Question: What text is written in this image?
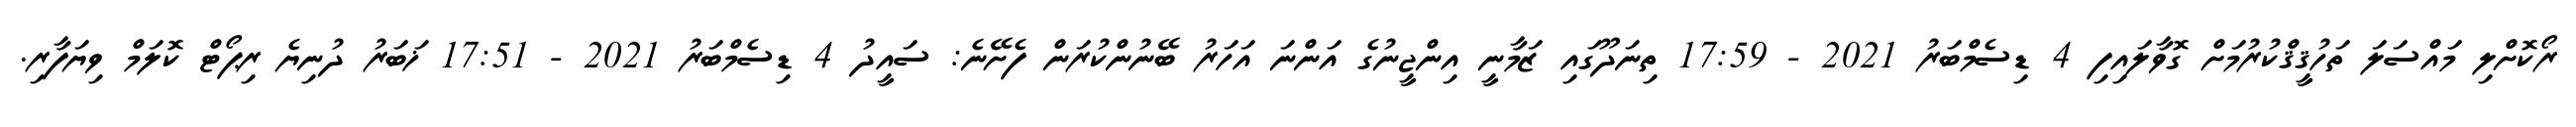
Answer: ރޯކޮށްލި މައްސަލަ ތަހުޤީޤްކުރުމަށް ގޮވާލައިފި 4 ޑިސެމްބަރު 2021 - 17:59 ތިނަދޫގައި ޒަމާނީ އިންޖީނުގެ އަންނަ އަހަރު ބޭނުންކުރަން ފެށޭނެ: ސައީދު 4 ޑިސެމްބަރު 2021 - 17:51 ޚަބަރު ދުނިޔެ ރިޕޯޓް ކޮލަމް ވިޔަފާރި.